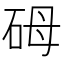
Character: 砪